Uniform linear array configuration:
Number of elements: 4
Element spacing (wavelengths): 0.75
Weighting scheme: hann
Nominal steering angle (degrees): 30
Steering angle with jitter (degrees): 28.788
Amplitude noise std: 0.05
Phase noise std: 0.05

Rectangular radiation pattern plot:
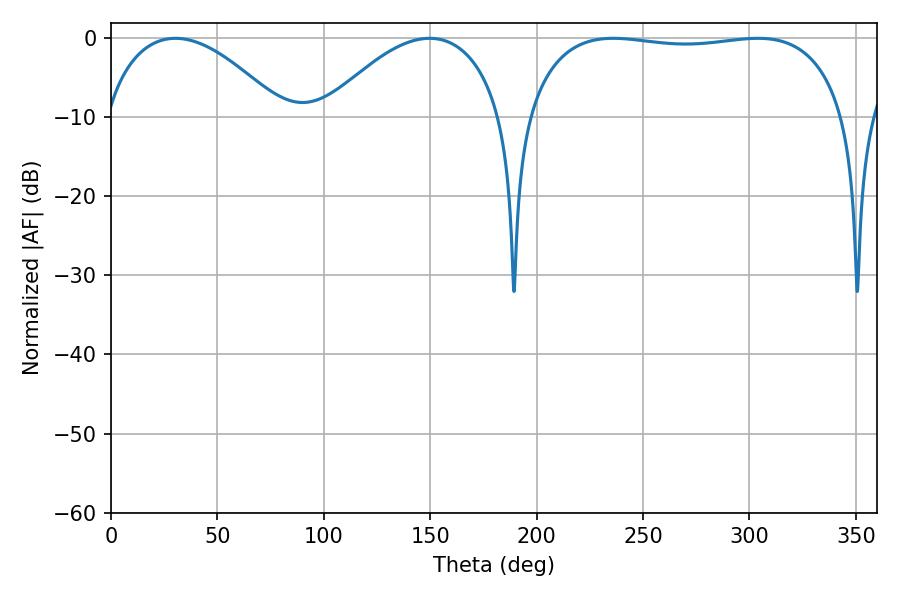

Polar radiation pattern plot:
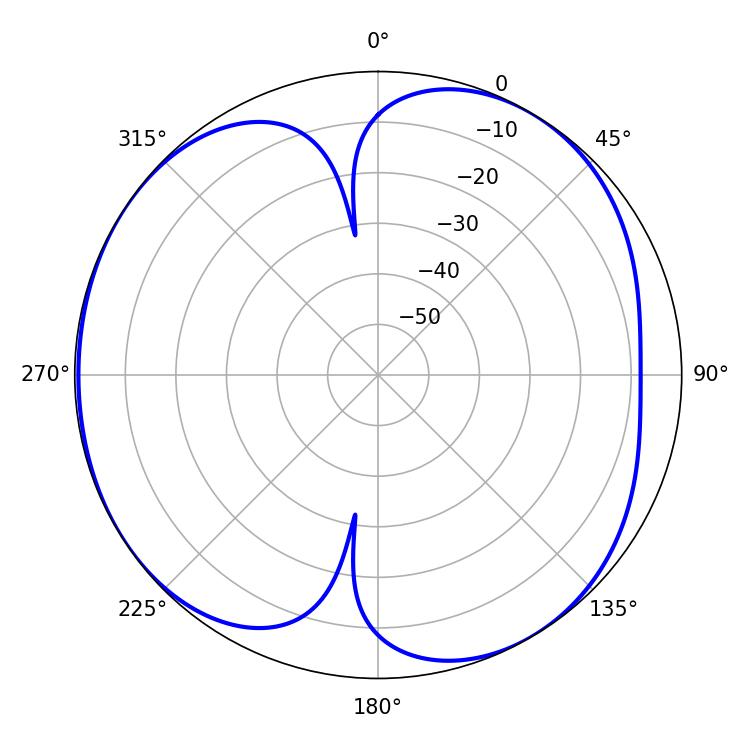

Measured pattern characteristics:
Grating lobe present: TRUE
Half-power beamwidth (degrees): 120.24
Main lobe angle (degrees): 304.02